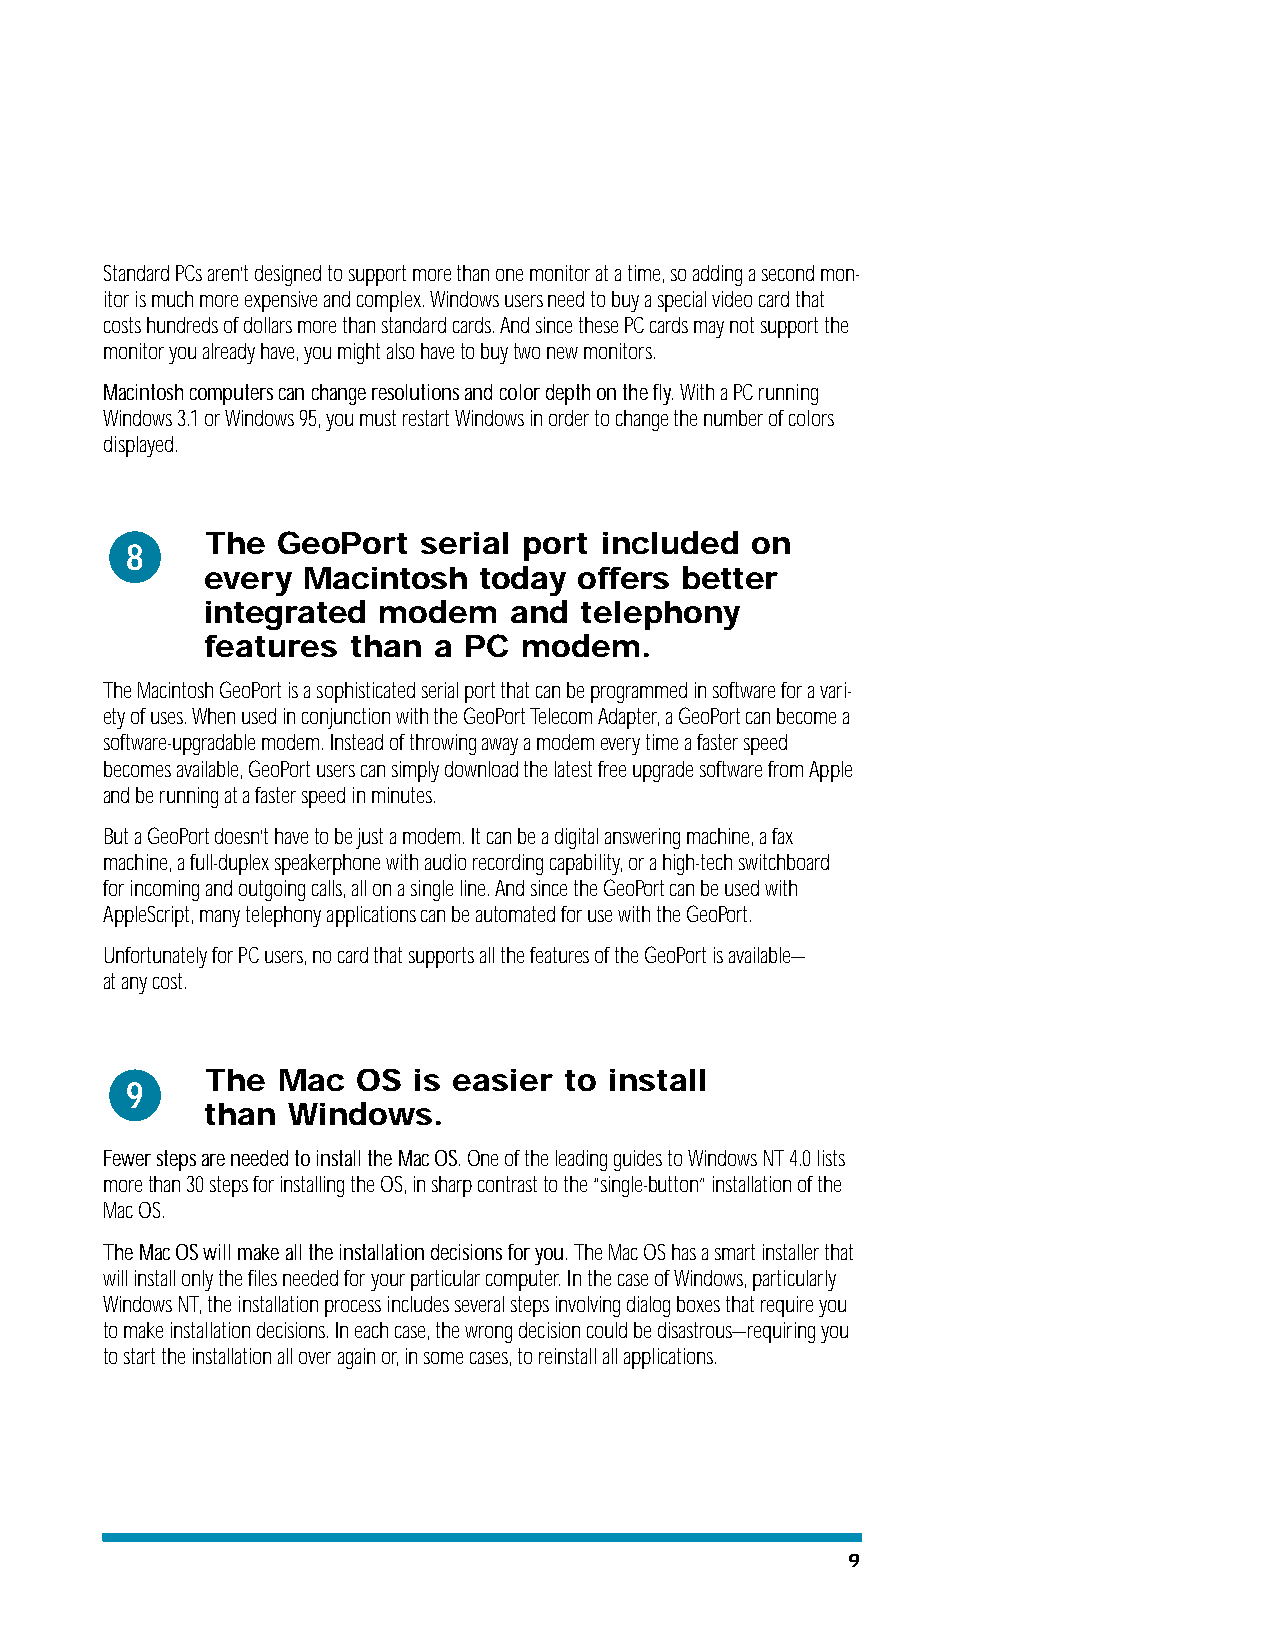
Standard PCs aren’t designed to support more than one monitor at a time, so adding a second mon-
 itor is much more expensive and complex. Windows users need to buy a special video card that
 costs hundreds of dollars more than standard cards. And since these PC cards may not support the
 monitor you already have, you might also have to buy two new monitors.
 Macintosh computers can change resolutions and color depth on the fly.With a PC running
 Windows 3.1 or Windows 95, you must restart Windows in order to change the number of colors
 displayed.
 The GeoPort   serial port included  on
 8
 every  Macintosh   today offers better
 integrated  modem    and telephony
 features  than  a PC  modem.
 The Macintosh GeoPort is a sophisticated serial port that can be programmed in software for a vari-
 ety of uses. When used in conjunction with the GeoPort Telecom Adapter, a GeoPort can become a
 software-upgradable modem. Instead of throwing away a modem every time a faster speed
 becomes available, GeoPort users can simply download the latest free upgrade software from Apple
 and be running at a faster speed in minutes.
 But a GeoPort doesn’t have to be just a modem. It can be a digital answering machine, a fax
 machine, a full-duplex speakerphone with audio recording capability, or a high-tech switchboard
 for incoming and outgoing calls, all on a single line. And since the GeoPort can be used with
 AppleScript, many telephony applications can be automated for use with the GeoPort.
 Unfortunately for PC users, no card that supports all the features of the GeoPort is available—
 at any cost.
 The Mac   OS is easier to install
 9
 than  Windows.
 Fewer steps are needed to install the Mac OS. One of the leading guides to Windows NT 4.0 lists
 more than 30 steps for installing the OS, in sharp contrast to the “single-button” installation of the
 Mac OS.
 The Mac OS will make all the installation decisions for you. The Mac OS has a smart installer that
 will install only the files needed for your particular computer. In the case of Windows, particularly
 Windows NT, the installation process includes several steps involving dialog boxes that require you
 to make installation decisions. In each case, the wrong decision could be disastrous—requiring you
 to start the installation all over again or, in some cases, to reinstall all applications.
 9